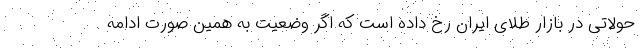
حولاتی در بازار طلای ایران رخ داده است که اگر وضعیت به همین صورت ادامه